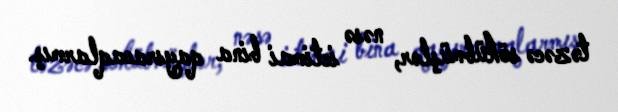
təzəcə sökübmüşlər, nəsə ictimai bina qayıracaqlarmış.